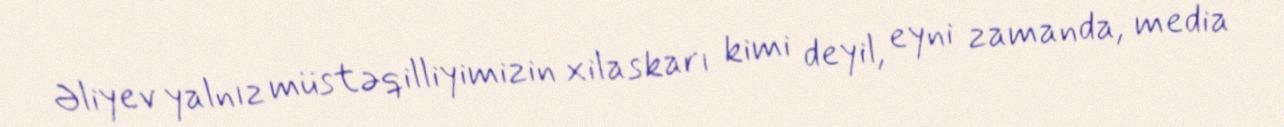
Əliyev yalnız müstəqilliyimizin xilaskarı kimi deyil, eyni zamanda, media